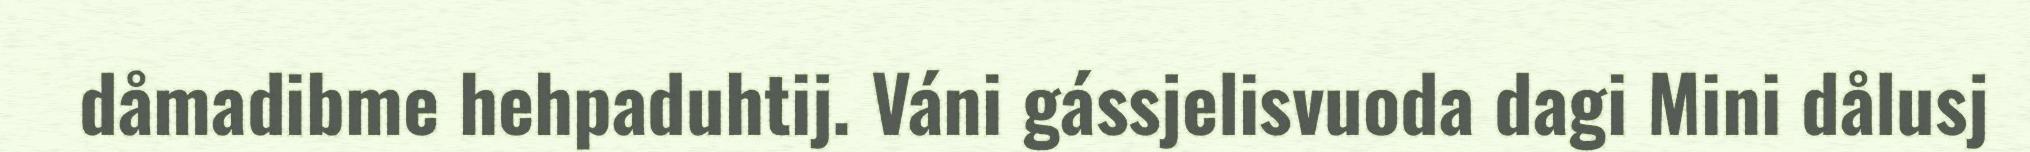
dåmadibme hehpaduhtij. Váni gássjelisvuoda dagi Mini dålusj